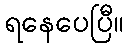
ရနေပေပြီ။